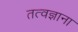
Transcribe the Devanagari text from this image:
तत्वज्ञाना